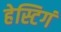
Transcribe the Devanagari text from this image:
हेस्टिगं